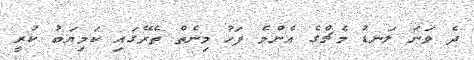
ދެ ވަނަ ލަނޑު މެޗްގެ އެންމެ ފަހު މިނެތް ތެރޭގައި ކަމިޔަބު ކުރީ